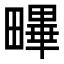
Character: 𤳣